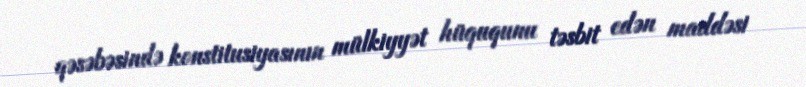
qəsəbəsində konstitusiyasının mülkiyyət hüququnu təsbit edən maddəsi